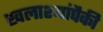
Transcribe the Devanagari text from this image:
खलाश्यांपैकी